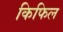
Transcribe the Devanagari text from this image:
किफिल